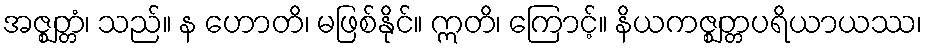
အဇ္ဈတ္တံ၊ သည်။ န ဟောတိ၊ မဖြစ်နိုင်။ ဣတိ၊ ကြောင့်။ နိယကဇ္ဈတ္တပရိယာယဿ၊